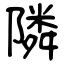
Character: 隣